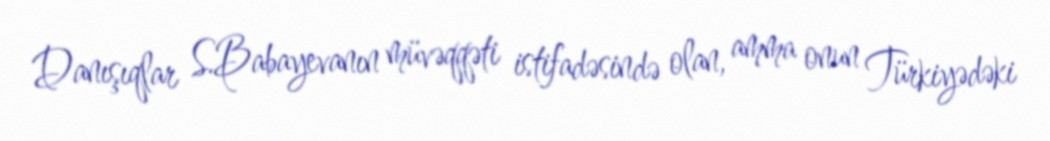
Danışıqlar S.Babayevanın müvəqqəti istifadəsində olan, amma onun Türkiyədəki